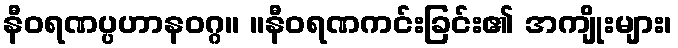
နီဝရဏပ္ပဟာနဝဂ္ဂ။ ။နီဝရဏကင်းခြင်း၏ အကျိုးများ၊